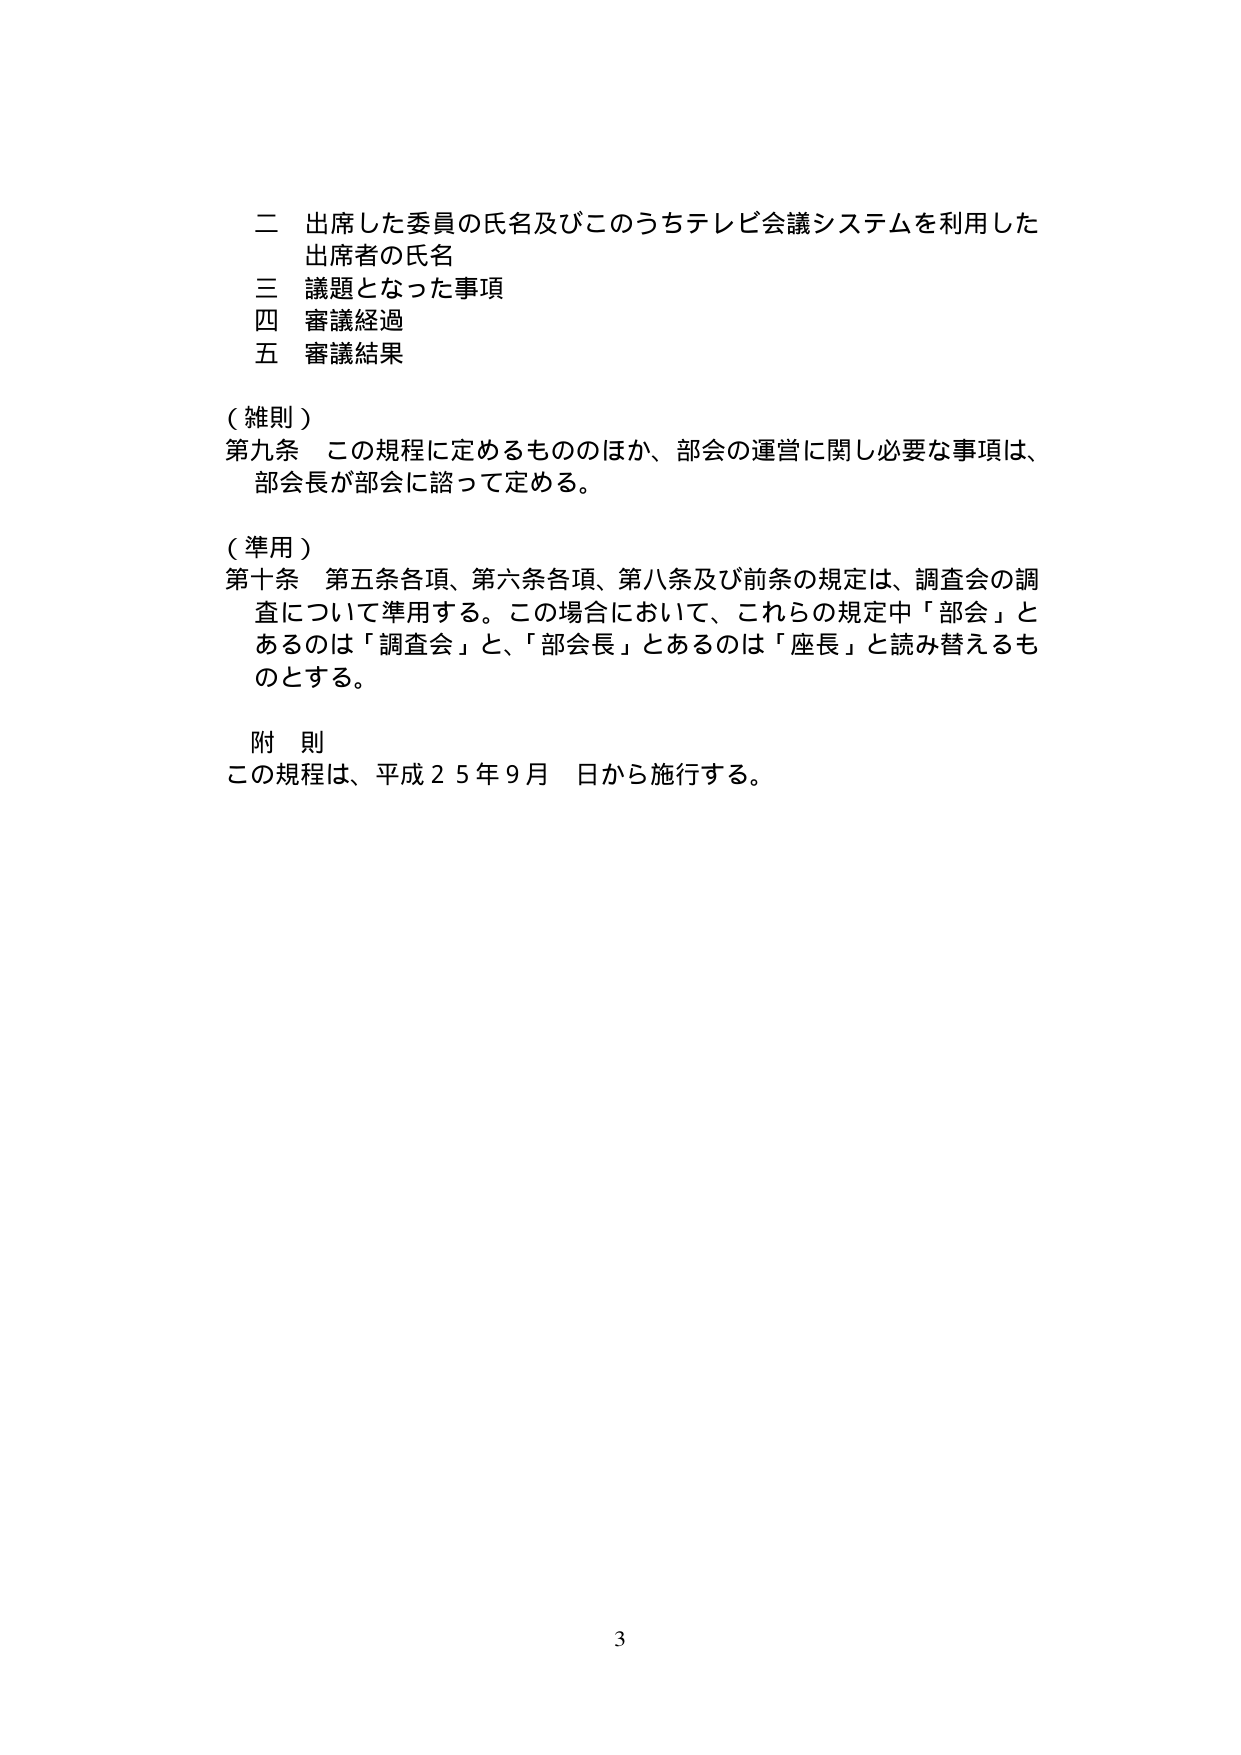
二 出席した委員の氏名及びこのうちテレビ会議システムを利用した
出席者の氏名
三 議題となった事項
四 審議経過
五 審議結果

（雑則）
第九条 この規程に定めるもののほか、部会の運営に関し必要な事項は、
部会長が部会に諮って定める。

（準用）
第十条 第五条各項、第六条各項、第八条及び前条の規定は、調査会の調
査について準用する。この場合において、これらの規定中「部会」と
あるのは「調査会」と、「部会長」とあるのは「座長」と読み替えるも
のとする。

附 則
この規程は、平成２５年９月 日から施行する。

3